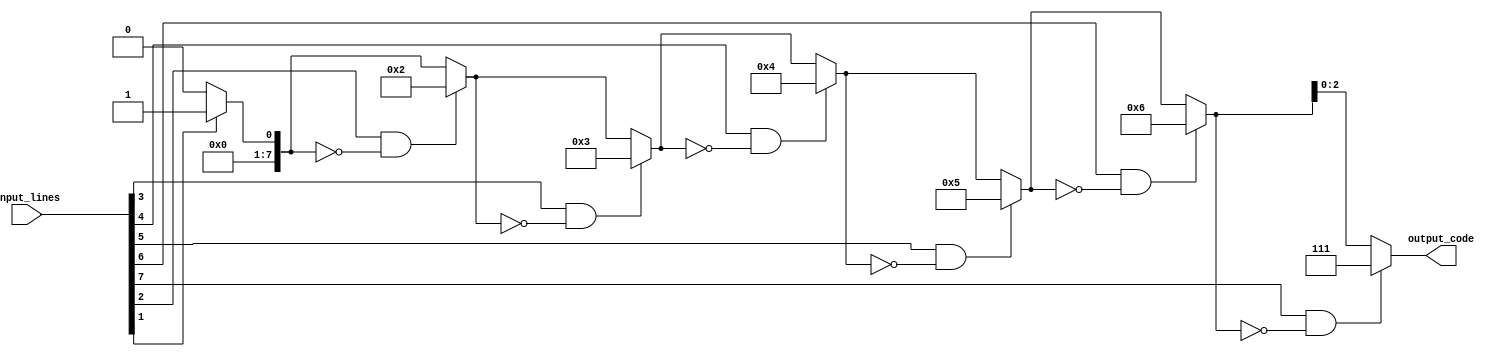
module priority_encoder (
    input [7:0] input_lines,
    output reg [2:0] output_code
);

reg [7:0] priority;
reg [2:0] index;

always @* begin
    priority = 8'b00000000;
    
    for (index = 0; index < 8; index = index + 1) begin
        if (input_lines[index] && (priority == 8'b00000000)) begin
            priority = index;
        end
    end

    output_code = priority[2:0];
end

endmodule